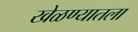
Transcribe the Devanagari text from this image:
खेळण्यातला